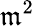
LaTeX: {\mathfrak{m}}^{2}